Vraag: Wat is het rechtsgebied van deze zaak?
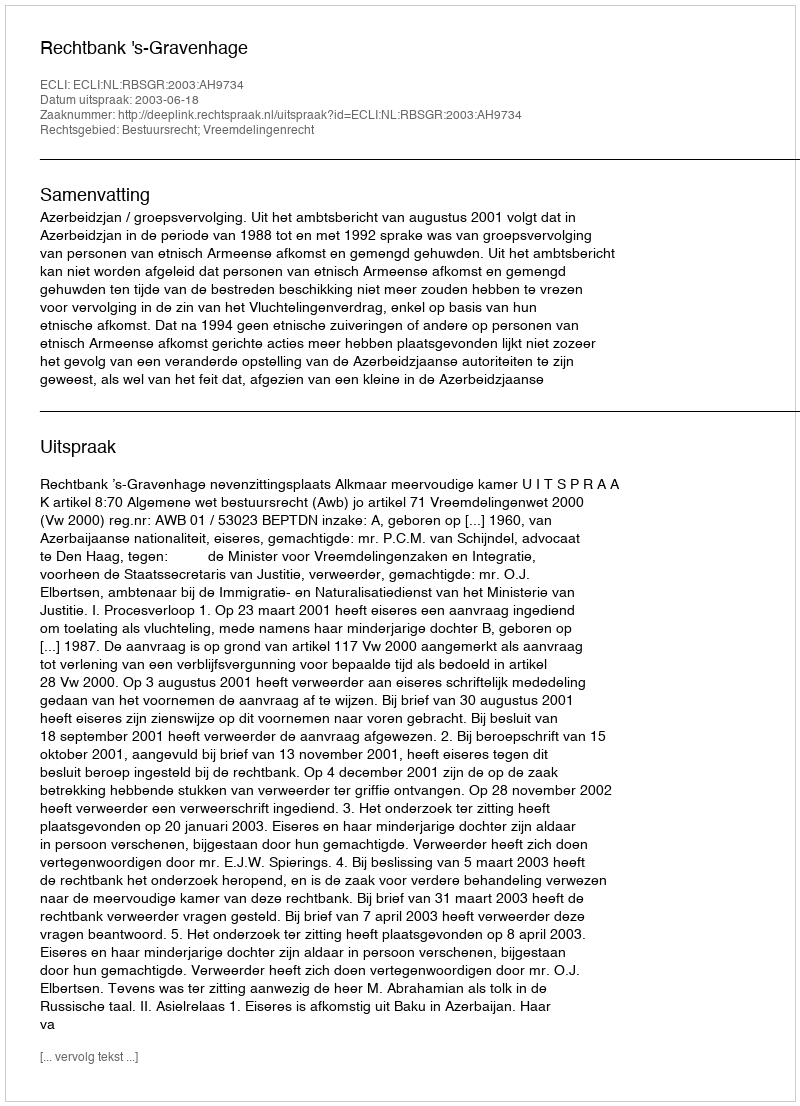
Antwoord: Bestuursrecht; Vreemdelingenrecht